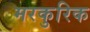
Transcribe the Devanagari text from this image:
मरकुरिक